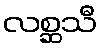
လစ္ဆသီ